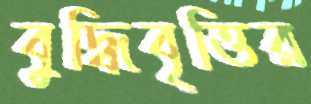
বুদ্ধিবৃত্তির